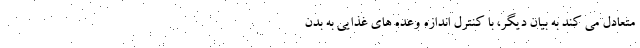
متعادل می کند به بیان دیگر، با کنترل اندازه وعده های غذایی به بدن